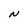
Character: N